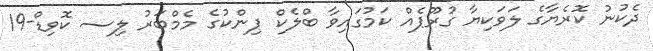
ދެކުނު ކޮރެޔާގެ ލަވަކިޔާ ގުރޫޕެއް ކަމުގައިވާ ބްލެކް ޕިންކުގެ މެމްބަރު ލިސ ކޮވިޑް-19